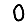
Digit: 0